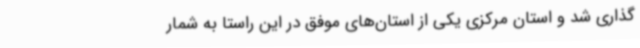
گذاری شد و استان مرکزی یکی از استان‌های موفق در این راستا به شمار